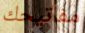
مفاتيحك